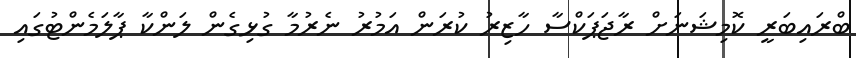
ބްރައިބަރީ ކޮމިޝަނަށް ރާޖަޕަކްސާ ހާޒިރު ކުރަން އަމުރު ނެރުމާ ގުޅިގެން ލަންކާ ޕާލަމެންޓުގައި